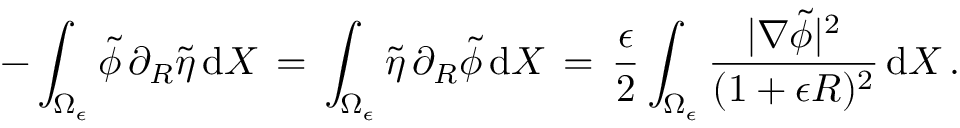
- \int _ { \Omega _ { \epsilon } } \tilde { \phi } \, \partial _ { R } \tilde { \eta } \, \mathrm { d } X \, = \, \int _ { \Omega _ { \epsilon } } \tilde { \eta } \, \partial _ { R } \tilde { \phi } \, \mathrm { d } X \, = \, \frac { \epsilon } { 2 } \int _ { \Omega _ { \epsilon } } \frac { | \nabla \tilde { \phi } | ^ { 2 } } { ( 1 + \epsilon R ) ^ { 2 } } \, \mathrm { d } X \, .